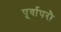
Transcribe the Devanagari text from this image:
पूर्वापरौ